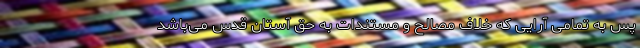
پس به تمامی آرایی که خلاف مصالح و مستندات به حق آستان قدس می‌باشد